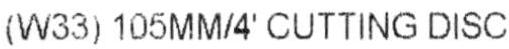
(W33) 105 MM/4' CUTTING DISC